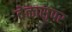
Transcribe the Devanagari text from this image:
वेळासुपर